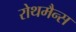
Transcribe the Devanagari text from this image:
रोथमैन्स